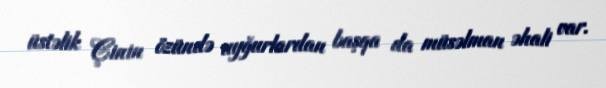
üstəlik Çinin özündə uyğurlardan başqa da müsəlman əhali var.